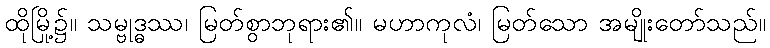
ထိုမြို့၌။ သမ္ဗုဒ္ဓဿ၊ မြတ်စွာဘုရား၏။ မဟာကုလံ၊ မြတ်သော အမျိုးတော်သည်။